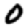
Digit: 0